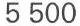
5500